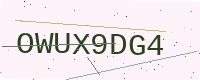
Text: OWUX9DG4